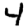
Digit: 4